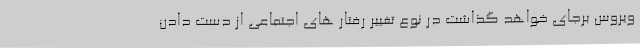
ویروس برجای خواهد گذاشت در نوع تغییر رفتار های اجتماعی از دست دادن